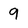
Character: 9